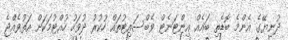
ދުނިޔޭގެ އެންމެ ބޮޑެތި ބައެއް އިންޓަނެޓް ވެބްސައިޓުތައް ހުކުރު ދުވަހު ހުއްޓުމަކަށް އަތުވެއްޖެ